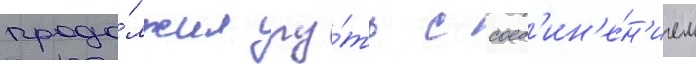
продо́лжил пу́ть с соед'ин'е́н'ием